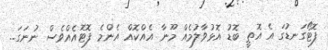
ފޮޓޯގަނޑުގަ އެ އޮތީ ބޮޑު އޮޅުވާލުމެއް މޫނާ އެއްކޮއް އެންމެ ފޮޓޮއެއްވެސް ނުނަގަ..